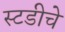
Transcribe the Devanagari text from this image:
स्टडीचे